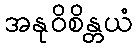
အနုဝိစိန္တယံ